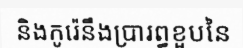
និងកូរ៉េនឹងប្រារព្ធខួបនៃ